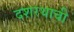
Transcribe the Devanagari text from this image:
दशरथाची